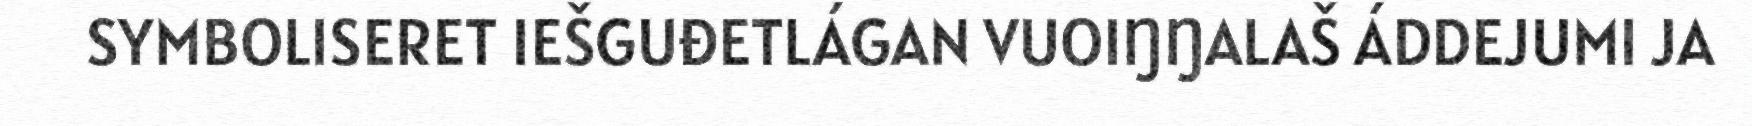
SYMBOLISERET IEŠGUĐETLÁGAN VUOIŊŊALAŠ ÁDDEJUMI JA